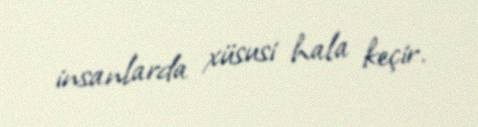
insanlarda xüsusi hala keçir.